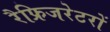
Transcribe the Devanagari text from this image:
रैफ्रिजरेटरों